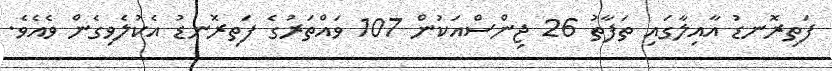
ފަތިރޮނޑު އާއިލާގައި ތަފާތު 26 ޖިންސްއަކުން 107 ވައްތަރުގެ ފަތިރޮނޑު އެކުލެވިގެން ވެއެވެ.